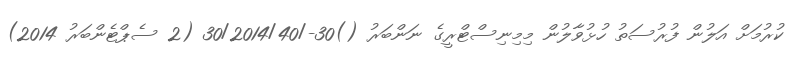
ކުރުމަށް އަލުން ފުރުސަތު ހުޅުވާލުން މިމިނިސްޓްރީގެ ނަންބަރު ()30-/30/2014/40 (2 ސެޕްޓެންބަރު 2014)